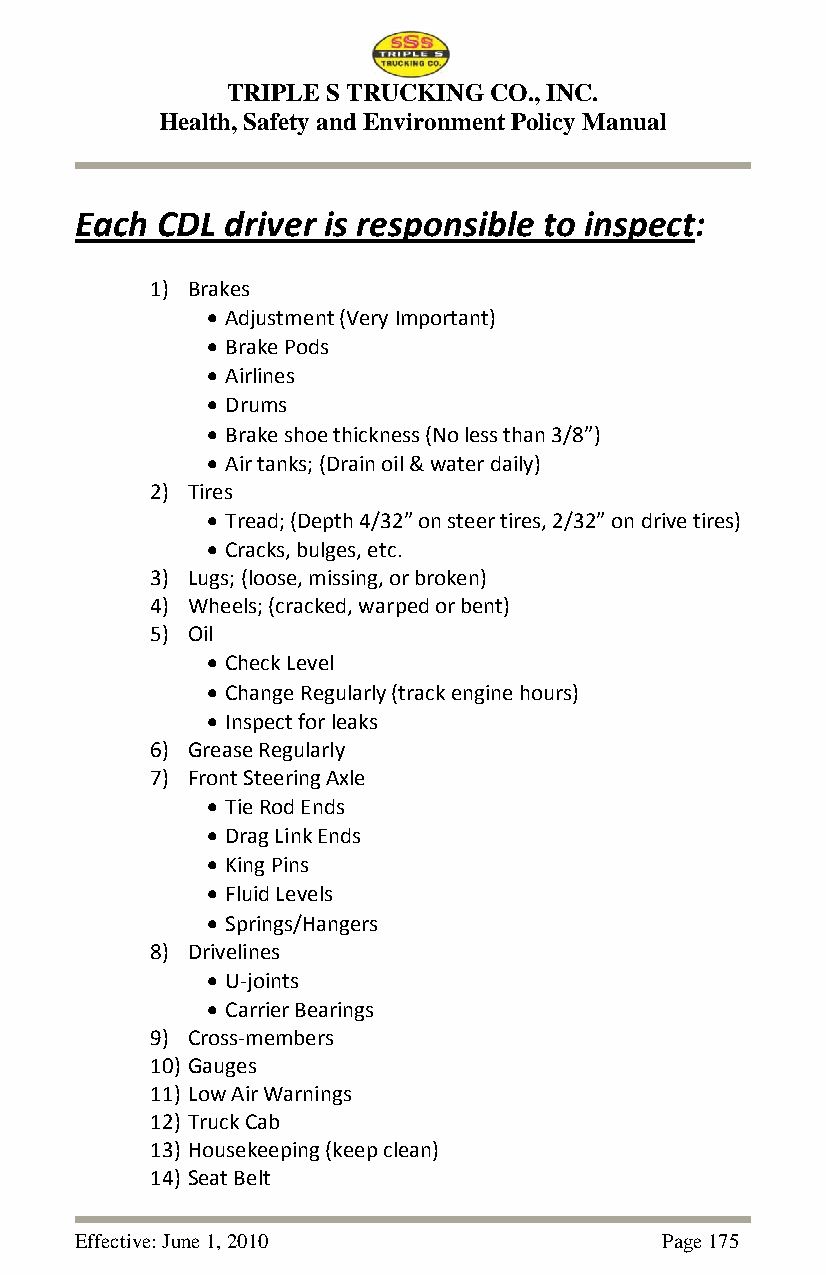
TRIPLE S TRUCKING CO., INC.
 Health, Safety and Environment Policy Manual
 Each CDL  driver is responsible to inspect:
 1) Brakes
  Adjustment (Very Important)
  Brake Pods
  Airlines
  Drums
  Brake shoe thickness (No less than 3/8”)
  Air tanks; (Drain oil & water daily)
 2) Tires
  Tread; (Depth 4/32” on steer tires, 2/32” on drive tires)
  Cracks, bulges, etc.
 3) Lugs; (loose, missing, or broken)
 4) Wheels; (cracked, warped or bent)
 5) Oil
  Check Level
  Change Regularly (track engine hours)
  Inspect for leaks
 6) Grease Regularly
 7) Front Steering Axle
  Tie Rod Ends
  Drag Link Ends
  King Pins
  Fluid Levels
  Springs/Hangers
 8) Drivelines
  U-joints
  Carrier Bearings
 9) Cross-members
 10) Gauges
 11) Low Air Warnings
 12) Truck Cab
 13) Housekeeping (keep clean)
 14) Seat Belt
 Effective: June 1, 2010                Page 175